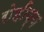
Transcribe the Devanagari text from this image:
रोहीप्य